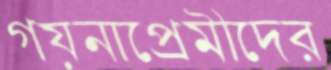
গয়নাপ্রেমীদের